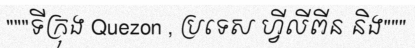
"""ទីក្រុង Quezon , ប្រទេស ហ្វីលីពីន និង"""